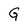
Character: G